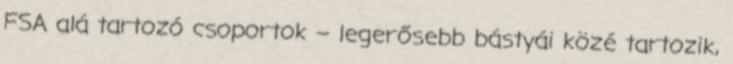
FSA alá tartozó csoportok – legerősebb bástyái közé tartozik,